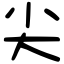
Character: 尖